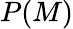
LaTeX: P(M)